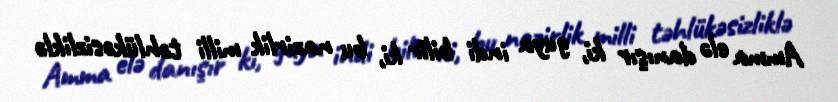
Amma elə danışır ki, guya indi bilir ki, bu nazirlik milli təhlükəsizliklə